Civil Veterinary Department. Madras. Admin. report 1926-33 - 1926-1933
Year: 1926
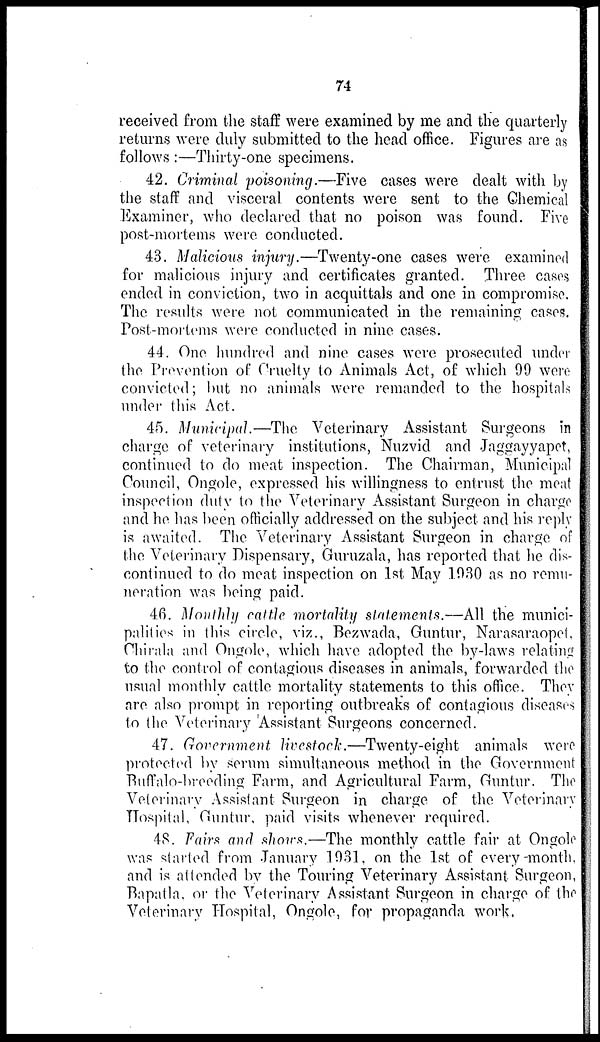
74
received from the staff were examined by me and the quarterly
returns were duly submitted to the head office. Figures are as
follows :—Thirty-one specimens.
42. Criminal poisoning.—Five cases were dealt with by
the staff and visceral contents were sent to the Chemical
Examiner, who declared that no poison was found. Five
post-mortems were conducted.
43. Malicious injury.—Twenty-one cases were examined
for malicious injury and certificates granted. Three cases
ended in conviction, two in acquittals and one in compromise.
The results were not communicated in the remaining cases.
Post-mortems were conducted in nine cases.
44. One hundred and nine cases were prosecuted under
the Prevention of Cruelty to Animals Act, of which 99 were
convicted; but no animals were remanded to the hospitals
under this Act.
45. Municipal.—The Veterinary Assistant Surgeons in
charge of veterinary institutions, Nuzvid and Jaggayyapet,
continued to do meat inspection. The Chairman, Municipal
Council, Ongole, expressed his willingness to entrust the meat
inspection duty to the Veterinary Assistant Surgeon in charge
and he has been officially addressed on the subject and his reply
is awaited. The Veterinary Assistant Surgeon in charge of
the Veterinary Dispensary, Guruzala, has reported that he dis-
continued to do meat inspection on 1st May 1930 as no remu-
neration was being paid.
46. Monthly cattle mortality statements.—All the munici-
palities in this circle, viz., Bezwada, Guntur, Narasaraopet,
Chirala and Ongole, which have adopted the by-laws relating
to the control of contagious diseases in animals, forwarded the
usual monthly cattle mortality statements to this office. They
are also prompt in reporting outbreaks of contagious diseases
to the Veterinary Assistant Surgeons concerned.
47. Government livestock.—Twenty-eight
animals were
protected by serum simultaneous method in the Government
Buffalo-breeding Farm, and Agricultural Farm, Guntur. The
Veterinary Assistant Surgeon in charge of the Veterinary
Hospital, Guntur, paid visits whenever required.
48. Fairs and shows.—The monthly cattle fair at Ongole
was started from January 1931, on the 1st of every-month,
and is attended by the Touring Veterinary Assistant Surgeon,
Bapatla. or the Veterinary Assistant Surgeon in charge of the
Veterinary Hospital, Ongole, for propaganda work,